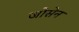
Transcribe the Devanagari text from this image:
जोसेन